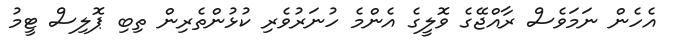
އެހެން ނަމަވެސް ރާއްޖޭގެ ވޮލީގެ އެންމެ ހުނަރުވެރި ކުޅުންތެރިން ތިބި ޕޮލިސް ޓީމު